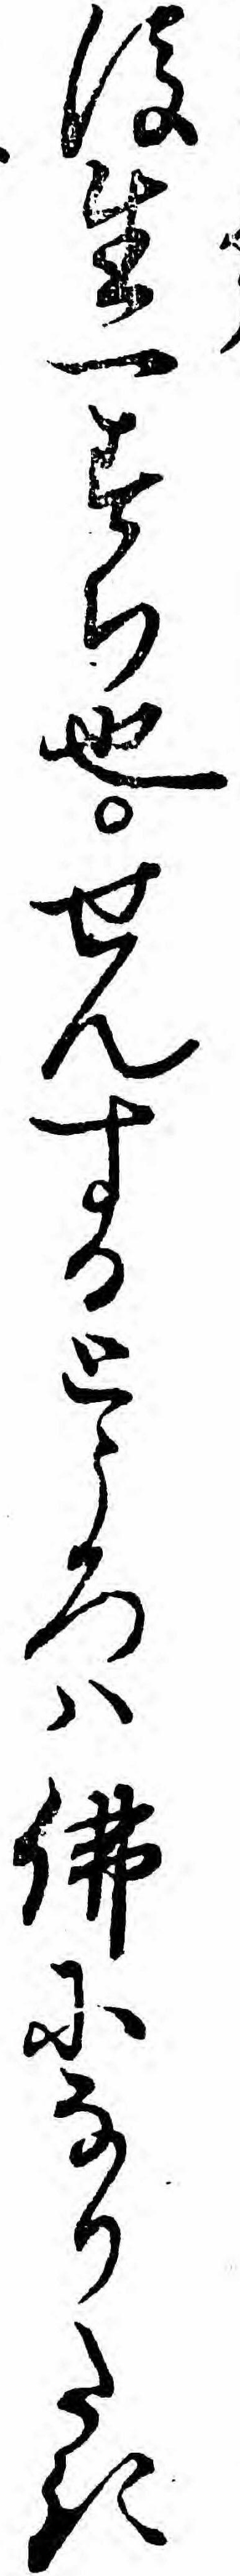
後生一すち也せんするところハ仏になりたき